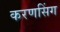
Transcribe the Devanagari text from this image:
करणसिंग